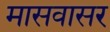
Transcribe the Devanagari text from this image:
मासवासर